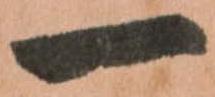
一